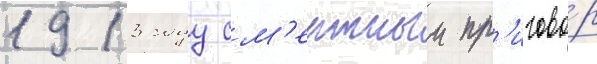
1913 году см'ертныи пр'игово́р